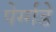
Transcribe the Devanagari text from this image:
पेर्ग्गडे